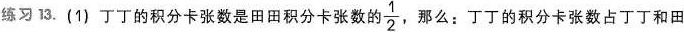
练习13. (1)丁丁的积分卡张数是田田积分卡张数的\frac{1}{2} 那么：丁丁的积分卡张数占丁丁和田